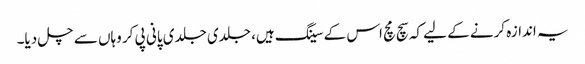
یہ اندازہ کرنے کے لیے کہ سچ مچ اس کے سینگ ہیں، جلدی جلدی پانی پی کر وہاں سے چل دیا۔